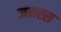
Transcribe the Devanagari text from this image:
जनस्स